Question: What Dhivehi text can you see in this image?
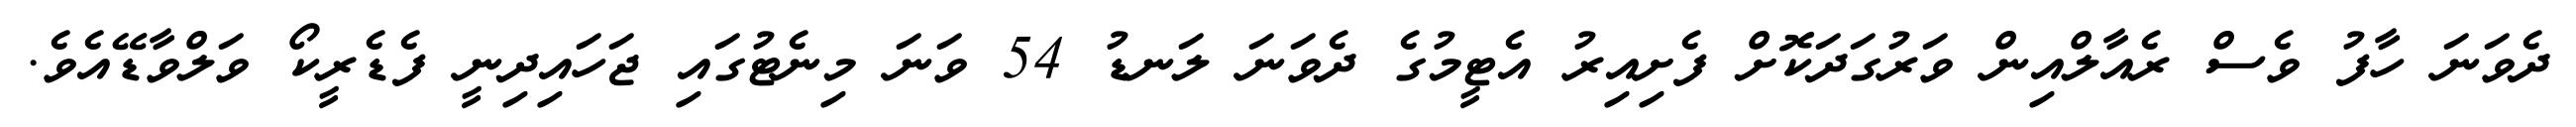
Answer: ދެވަނަ ހާފު ވެސް ރެއާލްއިން ވަރުގަދަކޮށް ފެށިއިރު އެޓީމުގެ ދެވަނަ ލަނޑު 54 ވަނަ މިނެޓުގައި ޖަހައިދިނީ ފެޑެރީކޯ ވަލްވާޑޭއެވެ.